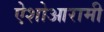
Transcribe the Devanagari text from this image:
ऐशोआरामी